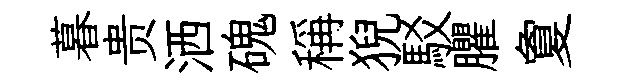
暮贵洒磈稱猊駁臞夐